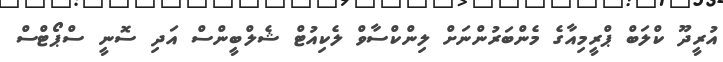
އުރީދޫ ކްލަބް ޕްރީމިއާގެ މެންބަރުންނަށް ލިންކްސާވް ލެކިއުޓް ޝެލްބީންސް އަދި ސޮނީ ސްޕޯޓްސް